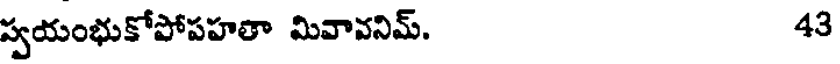
ప్వయంభుకోపోపహతా మివావనిమ్. 43